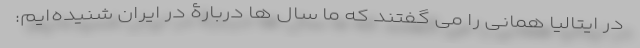
در ایتالیا همانی را می گفتند که ما سال ها دربارۀ در ایران شنیده‌ایم: